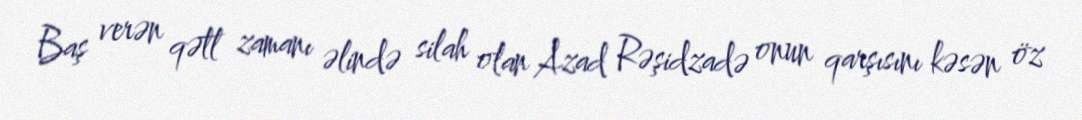
Baş verən qətl zamanı əlində silah olan Azad Rəşidzadə onun qarşısını kəsən öz